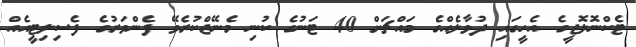
ޓެކްނޮލޮޖީގެ އެހީގައި ދުވާލެއްގެ މައްޗަށް 40 ޓަނުގެ ކުނި މެނޭޖްކުރެވޭ ފެންވަރުގެ ފެސިލިޓީއެއް